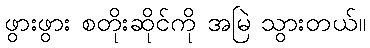
ဖွားဖွား စတိုးဆိုင်ကို အမြဲ သွားတယ်။